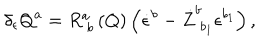
\delta _ { \epsilon } Q ^ { a } = R _ { \; b } ^ { a } \left( Q \right) \left( \dot { \epsilon } ^ { b } - \dot { Z } _ { \; b _ { 1 } } ^ { b } \epsilon ^ { b _ { 1 } } \right) ,